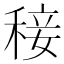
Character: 𥟣